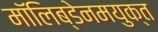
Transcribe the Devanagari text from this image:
मॉलिब्डेनमयुक्त